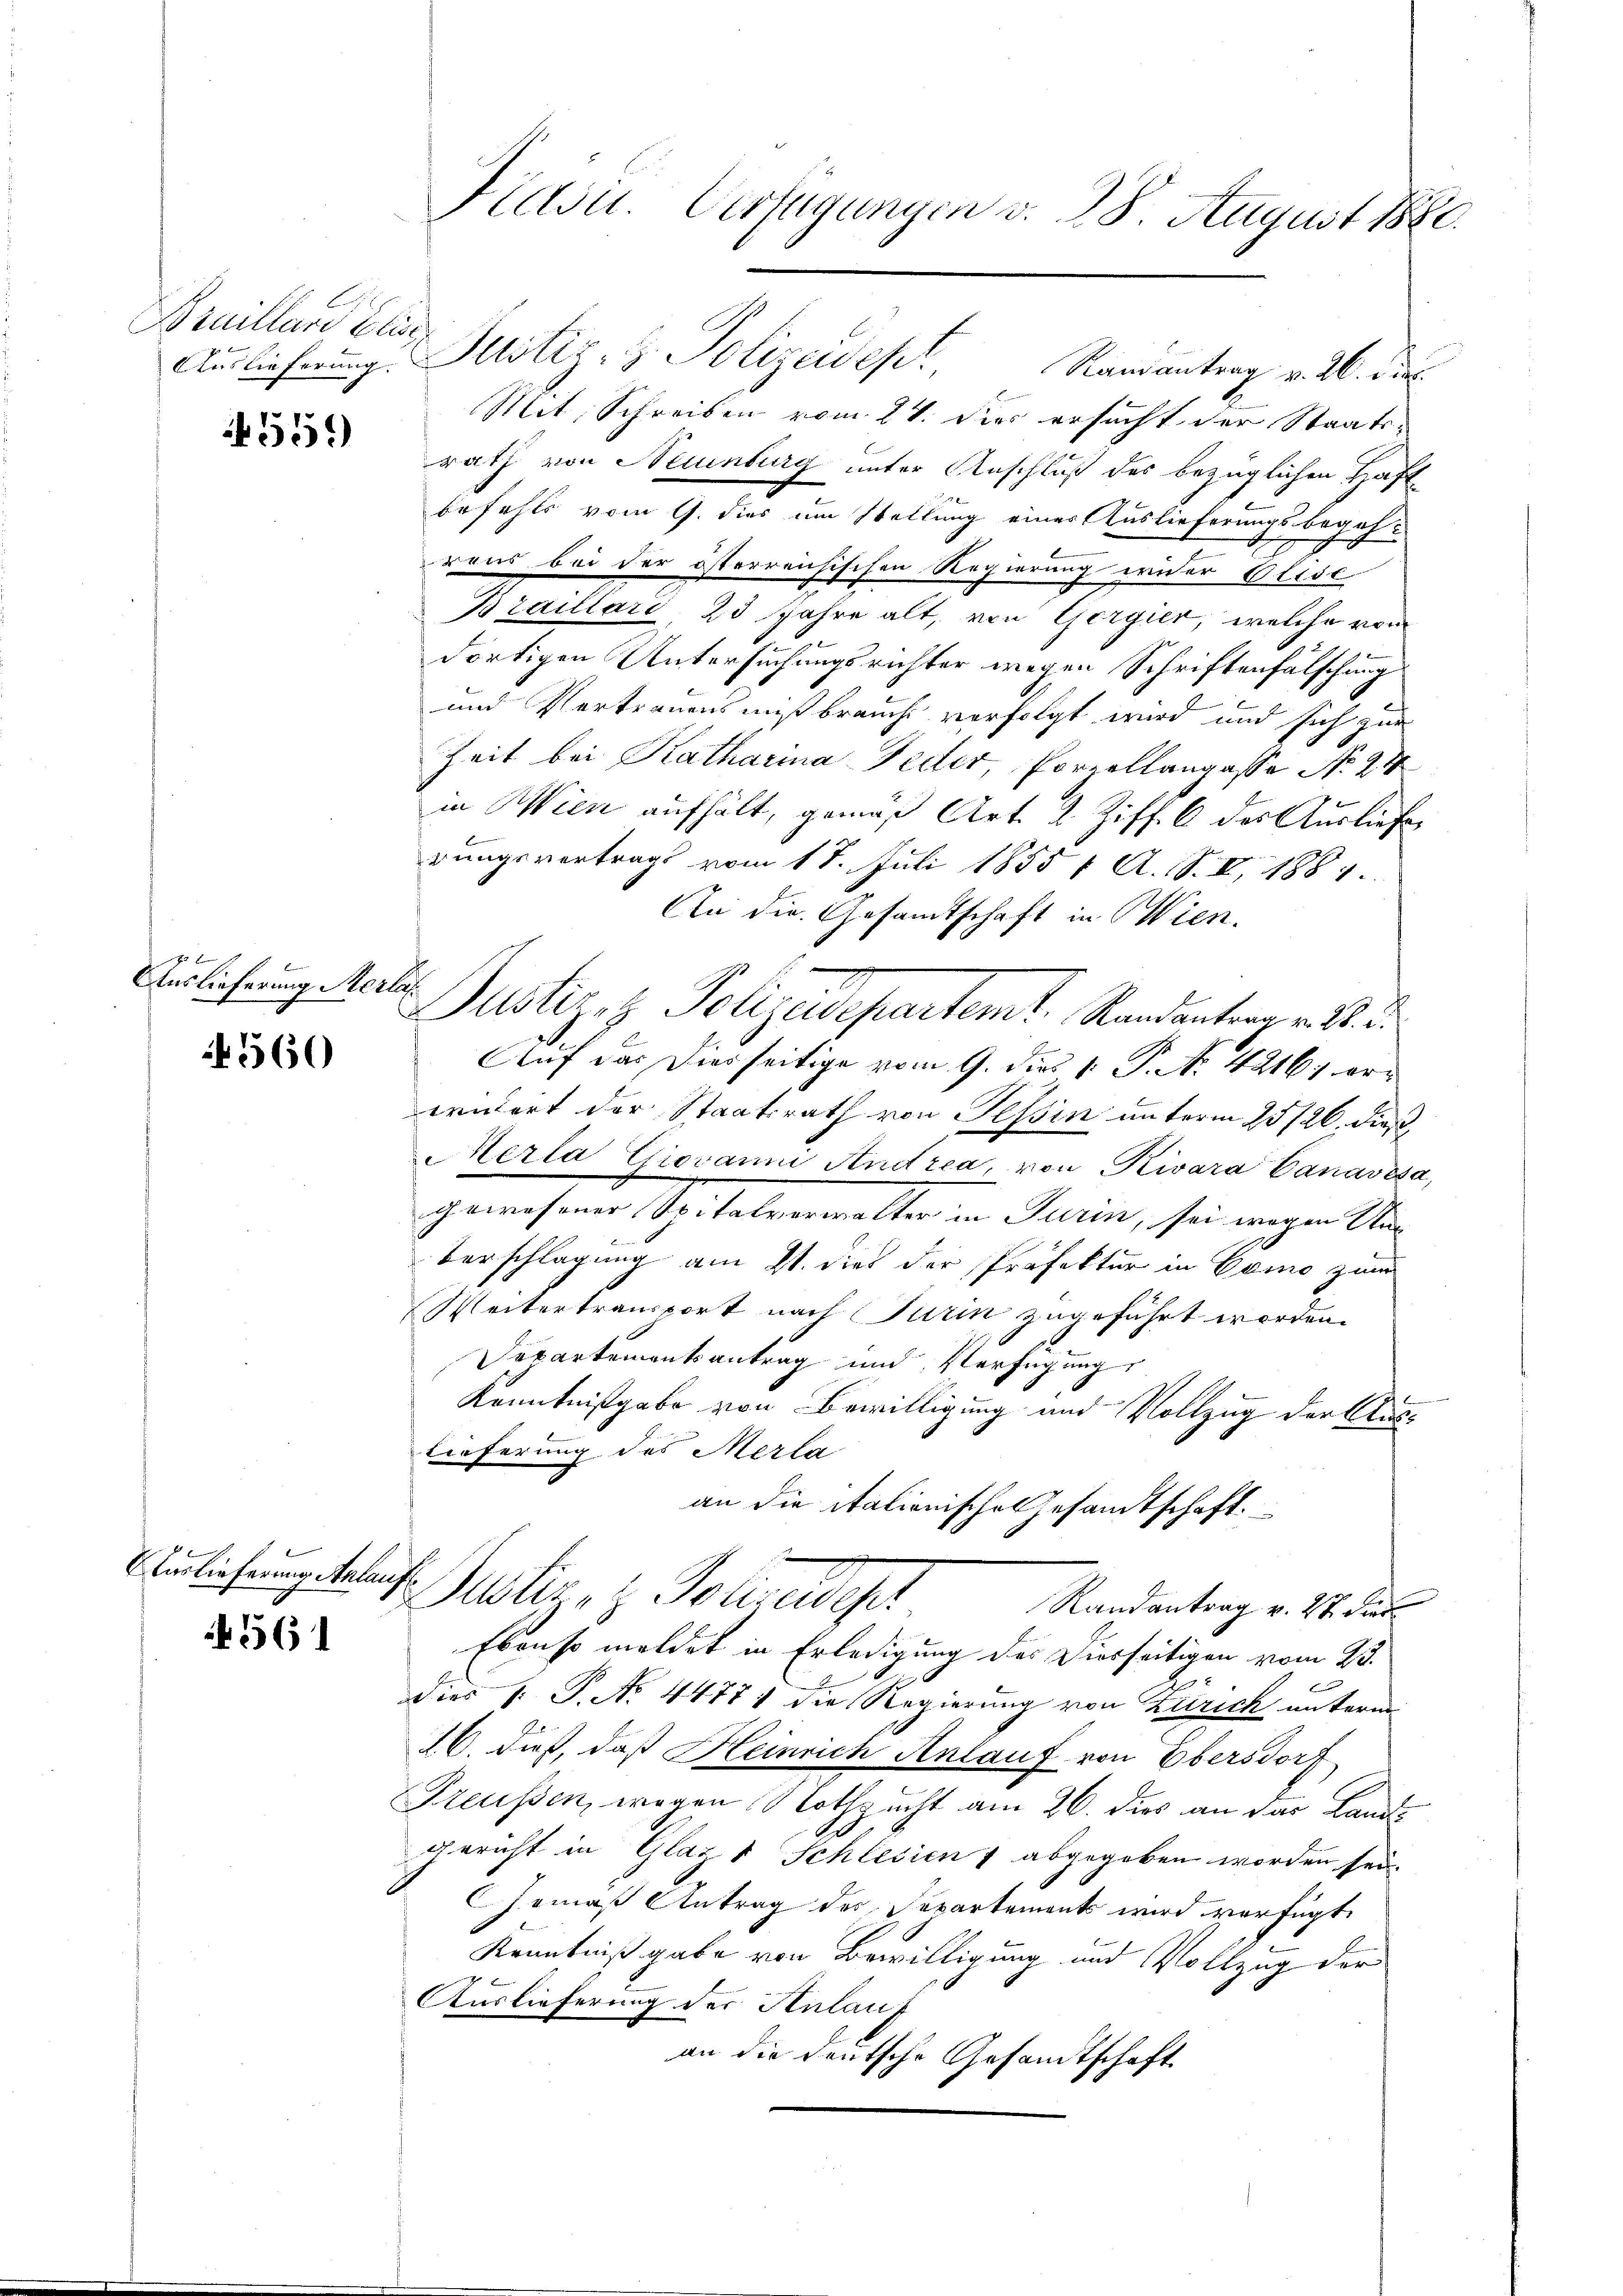
Bruillard Elisa

551)

Auslieferung Merla

560

Auslieferung Anlauf

561

Aŭslieferŭng. Justiz- & Polizeidept. Ramantrag v. 26. die
Mit Schreiben vom 24. Dies ersucht der Staats-
rath von Neuenburg unter Anschluß des bezüglichen Haft
befehls vom 9. dies um Stellung einer Auslieferungsbegeh-
rand bei der österreichischen Regierung wider Elise
Braillard, 23 Jahre alt, von Gergier, welche vom
dortigen Untersuchungsrichter wegen Schriftenfälschung
und Vertrauensmißbrauch verfolgt wird und sich zur
Zeit bei Katharina Feder, Porzellangasse No. 21
in Wien aufhält, gemäß Art. 2 Ziff. 6 des Ausliefe
rungsvertrags vom 18. Juli 1855 1 A. S. I, 1884.
An die Gesandtschaft in Wien,
Justiz- & Polizedepartemt. Randantrag v. 8. d.
Auf das Diesseitige vom 9. dies 1. P. N. 4216) ererniert der Staatsrath von Tessin unterm 25/26. dieß,
Merla Giovanni Andrea, von Kivara Canavesa,
gemesser Spitalerwalten in Turin, sei wegen Ober¬
Verschlagung am 21. dies der Präfektur in Como zum
Weitertransport nach Turin zugeführt worden.
Departementsantrag und Verfügung
Kenntnißgabe von Bewilligung und Vollzug der Austieferung des Merla
an die italionische Gesandtschaft.
ustig, z. Schade
Randantrag v. 27. dies
Ebenso meldet in Erledigung des Dierseitigen vom 23.
dies P. P. No. 44771 die Regierung von Zürich unterm
26. dieß, daß Heinrich Anlauf von Übersdorf
Freussen, wegen Nothzucht am 26. dies an das Landgericht in Glaz 1 Schlesien & abgegeben worden sei.
.
Gemäß Antrag des Separtements wird verfügt,
Kenntniß gabe von Bewilligung und Vollzug der
Auslieferung der Anlauf
an die deutsche Gesandtschaft

Fidsu. Verfügungen v. 18. August 1880.